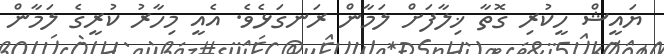
ޔައީޝް ހީކުރި ގޮތާ ޚިލާފަށް ލަމާން ރަނގަޅެވެ. އެއީ މިހާރު ކުރީގެ ލަމާން